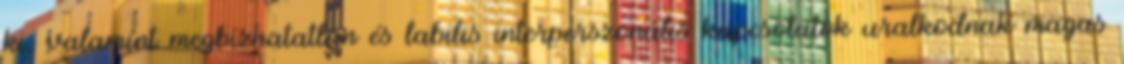
ki, valamint megbízhatatlan és labilis interperszonális kapcsolatok uralkodnak magas